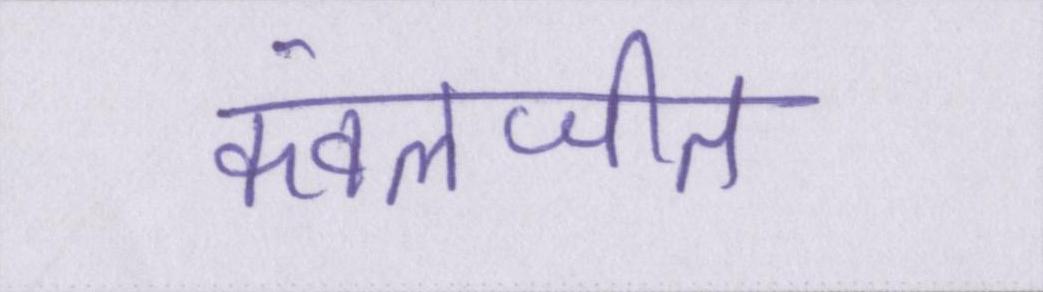
कंवलजीत